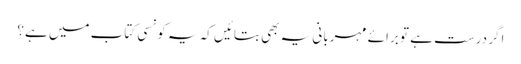
اگر درست ہے تو برائے مہربانی یہ بھی بتائیں کہ یہ کونسی کتاب میں ہے؟